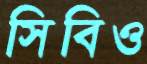
সিবিও